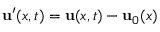
{ \mathbf { u } } ^ { \prime } ( x , t ) = { \mathbf { u } } ( x , t ) - { \mathbf { u } } _ { 0 } ( x )